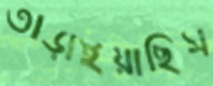
তাড়াইয়াছিস